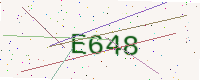
Text: E648